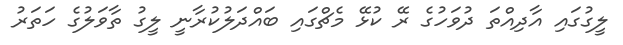
ލީގުގައި އާދިއްތަ ދުވަހުގެ ރޭ ކުޅޭ މެޗްގައި ބައްދަލުކުރާނީ ލީގު ތާވަލުގެ ހަތަރު